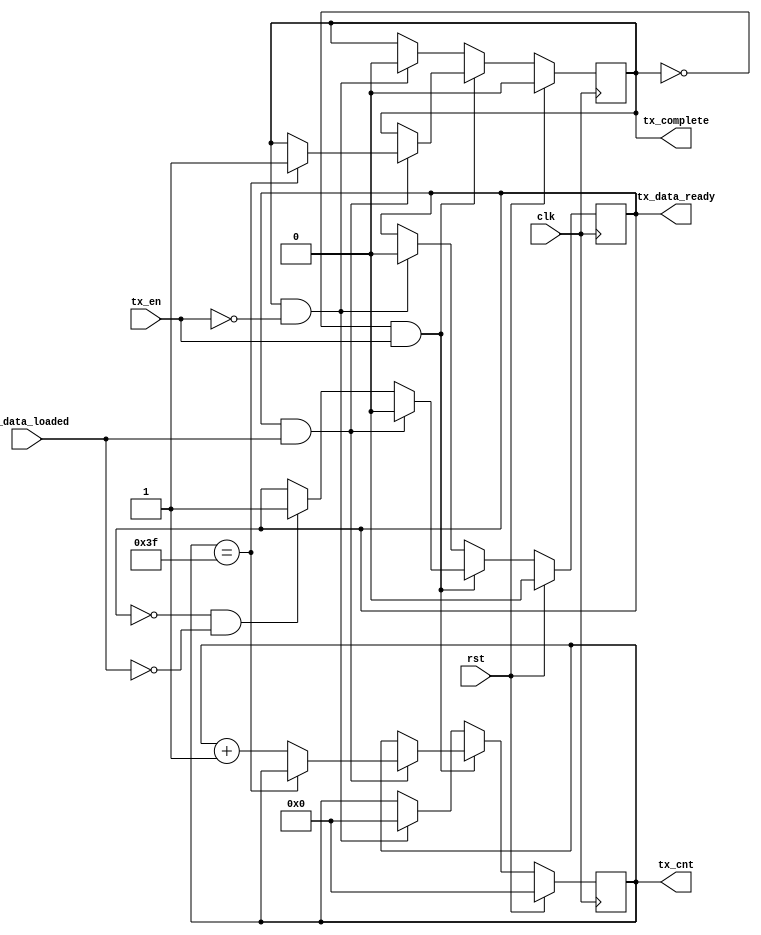
module ctrl_reg_readback #(parameter CR_WIDTH=6, N_CTRL_REGS=64) (	
	input					clk,
	input					rst,
	input					tx_en,
	input					tx_data_loaded,
	output reg			tx_data_ready,
	output reg			tx_complete,
	output reg [CR_WIDTH-1:0]  tx_cnt
);
always @(posedge clk) begin
	if (rst) begin
		tx_cnt <= 0;
		tx_data_ready <= 0;
		tx_complete <= 0;
	end else begin
		if (!tx_complete && tx_en) begin 
			if (tx_data_ready && tx_data_loaded) begin 
				tx_data_ready <= 0;
				if (tx_cnt == N_CTRL_REGS-1) begin 
					tx_complete <= 1; 
					tx_cnt <= tx_cnt;
					end
				else begin
					tx_complete <= tx_complete;
					tx_cnt <= tx_cnt + 1;
					end
				end
			else begin
				tx_complete <= tx_complete;
				tx_cnt <= tx_cnt;
				tx_data_ready <= (!tx_data_ready && !tx_data_loaded) ? 1 : tx_data_ready; 
			end
		end else if (tx_complete && !tx_en) begin 
			tx_cnt <= 0;
			tx_data_ready <= 0;
			tx_complete <= 0;
		end else begin
			tx_data_ready <= tx_data_ready;
			tx_complete <= tx_complete;
			tx_cnt <= tx_cnt;
		end
	end 
end 
endmodule